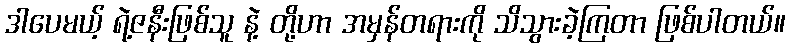
ဒါပေမယ့် ရဲ့ဇနီးဖြစ်သူ နဲ့ တို့ဟာ အမှန်တရားကို သိသွားခဲ့ကြတာ ဖြစ်ပါတယ်။